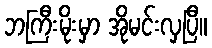
ဘကြီးမိုးမှာ အိုမင်းလှပြီ။